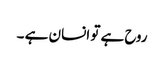
روح ہے تو انسان ہے ۔